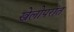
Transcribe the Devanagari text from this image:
खेलोपरांत